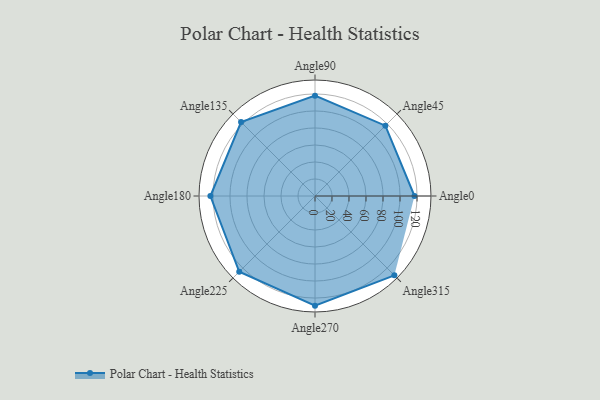
{"axis": {"x": "Angle", "y": "Radius"}, "legend": [""], "data": [{"x": "Angle0", "y": 117.0, "type": ""}, {"x": "Angle45", "y": 117.0, "type": ""}, {"x": "Angle90", "y": 118.0, "type": ""}, {"x": "Angle135", "y": 123.0, "type": ""}, {"x": "Angle180", "y": 123.0, "type": ""}, {"x": "Angle225", "y": 126.0, "type": ""}, {"x": "Angle270", "y": 129.0, "type": ""}, {"x": "Angle315", "y": 132.0, "type": ""}]}